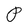
Character: P